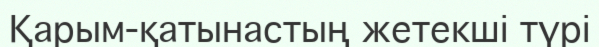
Қарым-қатынастың жетекші түрі